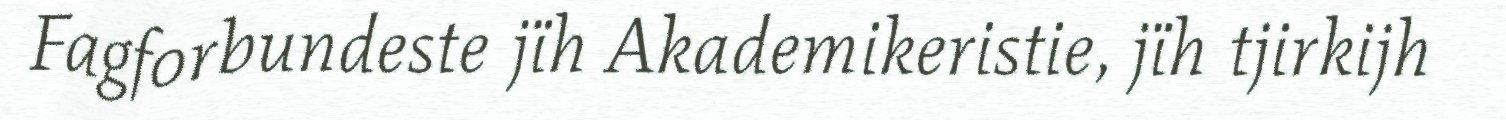
Fagforbundeste jïh Akademikeristie, jïh tjirkijh